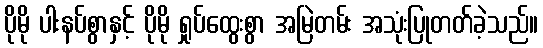
ပိုမို ပါးနပ်စွာနှင့် ပိုမို ရှုပ်ထွေးစွာ အမြဲတမ်း အသုံးပြုတတ်ခဲ့သည်။